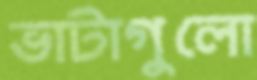
ভাটাগুলো